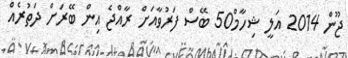
ޖޫން 2014 އަލީ ޝިހާމް50 ބޭސް ފަރުވާއަށް ރާއްޖެ އިން ބޭރަށް ދަތުރެއް